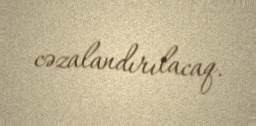
cəzalandırılacaq.